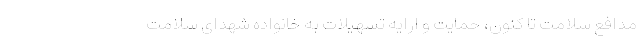
مدافع سلامت تا کنون، حمایت و ارایه تسهیلات به خانواده شهدای سلامت